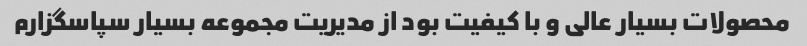
محصولات بسیار عالی و با کیفیت بود از مدیریت مجموعه بسیار سپاسگزارم